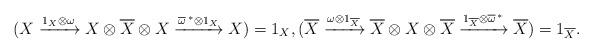
LaTeX: \begin{align*} (X \xrightarrow{1_X \otimes \omega} X \otimes \overline{X} \otimes X \xrightarrow{\overline{\omega}^{\,*} \otimes 1_X} X) = 1_X, (\overline{X} \xrightarrow{\omega \otimes 1_{\overline{X}}} \overline{X} \otimes X \otimes \overline{X} \xrightarrow{1_{\overline{X}} \otimes \overline{\omega}^{\, *}} \overline{X}) = 1_{\overline{X}}.\end{align*}